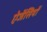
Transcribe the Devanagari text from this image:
ऐजेंसियों